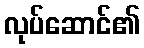
လုပ်ဆောင်၏